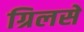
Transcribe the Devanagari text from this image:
ग्रिलसे